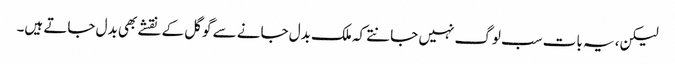
لیکن، یہ بات سب لوگ نہیں جانتے کہ ملک بدل جانے سے گوگل کے نقشے بھی بدل جاتے ہیں۔